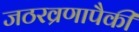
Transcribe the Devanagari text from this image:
जठरव्रणापैकी